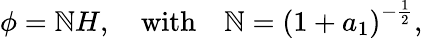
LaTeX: \phi=\mathbb{N}H,\quad\mathrm{{with}}\quad\mathbb{N}={\left(1+a_{1}\right)}^{-\frac{{1}}{{2}}},